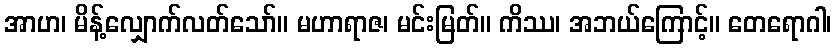
အာဟ၊ မိန့်လျှောက်လတ်သော်။ မဟာရာဇ၊ မင်းမြတ်။ ကိဿ၊ အဘယ်ကြောင့်။ တေရောဂါ၊